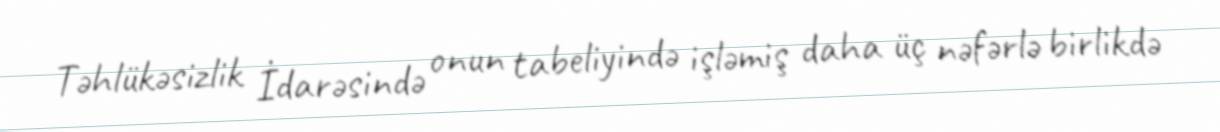
Təhlükəsizlik İdarəsində onun tabeliyində işləmiş daha üç nəfərlə birlikdə